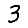
Digit: 3